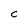
Character: C